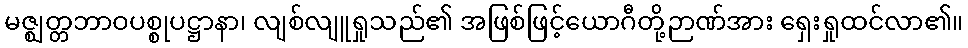
မဇ္ဈတ္တဘာဝပစ္စုပဋ္ဌာနာ၊ လျစ်လျူရှုသည်၏ အဖြစ်ဖြင့်ယောဂီတို့ဉာဏ်အား ရှေးရှုထင်လာ၏။